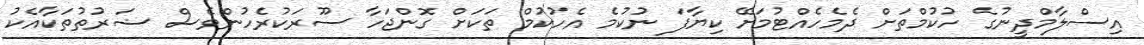
އިސްލާމްދީނުގެ ހުކުމްތަށް ދެމެހެއްޓުމަށޭ ކިޔާފަ ނުކުމެ އެހުކުމް ތަކަށް ގޮންޖަހާ ސޫރަކުރެހުންވެސް ޟަރުތުތަކާއެކު